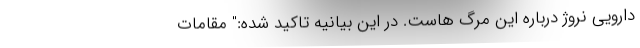
دارویی نروژ درباره این مرگ هاست. در این بیانیه تاکید شده:" مقامات